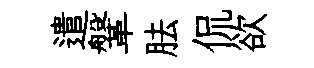
遣鞶胠侃欲